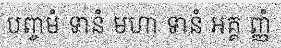
បញ្ចមំ ទានំ មហា ទានំ អគ្គ ញ្ញំ